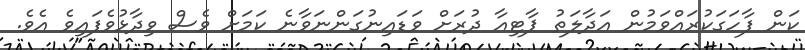
ކަން ފާހަގަކުރައްވަމުން އަދާލަތު ޕާޓިއާ ދުރަށް ވަޑައިނުގަންނަވާނެ ކަމަށް ވެސް ވިދާޅުވެފައިވެ އެވެ.